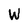
Character: W